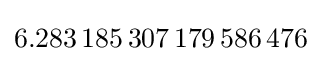
6.283\,185\,307\,179\,586\,476